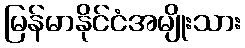
မြန်မာနိုင်ငံအမျိုးသား